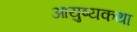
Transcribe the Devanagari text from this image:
आयुष्यकथा